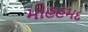
મોહહમદ